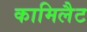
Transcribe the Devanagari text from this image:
कामिलैट